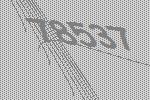
78537